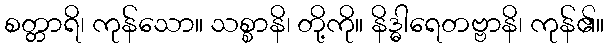
စတ္တာရိ၊ ကုန်သော။ သစ္စာနိ၊ တို့ကို။ နိဒ္ဓါရေတဗ္ဗာနိ၊ ကုန်၏။